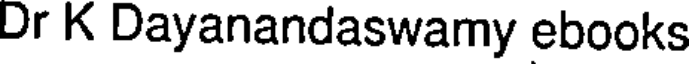
Dr K Dayanandaswamy ebooks